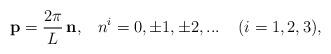
LaTeX: \begin{align*}{\bf p} = \frac{2 \pi}{L} \, {\bf n}, \;\;\; n^i = 0, \pm1, \pm2, ... \;\;\;\; (i = 1, 2, 3) ,\end{align*}